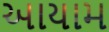
આયામ